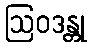
ဩဝဒန္တု